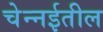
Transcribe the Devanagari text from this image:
चेन्‍नईतील